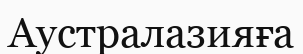
Аустралазияға